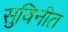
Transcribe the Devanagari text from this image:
सुविनीत